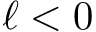
\ell < 0